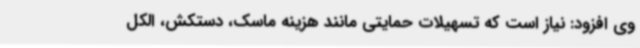
وی افزود: نیاز است که تسهیلات حمایتی مانند هزینه ماسک، دستکش، الکل